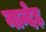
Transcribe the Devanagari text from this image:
नान्देड़